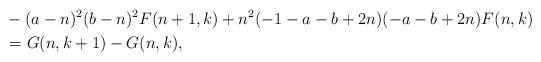
LaTeX: \begin{align*}& -(a-n)^2 (b-n)^2 F(n+1,k)+n^2 (-1-a-b+2 n) (-a-b+2 n) F(n,k) \\& = G(n,k+1)-G(n,k), \end{align*}